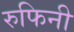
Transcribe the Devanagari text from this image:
रुफिनी